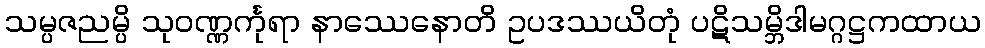
သမ္ပဇညမ္ပိ သုဝဏ္ဏင်္ကုရာ နာဿေနောတိ ဥပဒဿယိတုံ ပဋိသမ္ဘိဒါမဂ္ဂဋ္ဌကထာယ